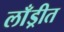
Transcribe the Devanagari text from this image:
लाँड्रीत